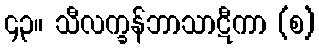
၄၃။ သီလက္ခန်ဘာသာဋီကာ (စ)